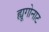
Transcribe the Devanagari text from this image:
ह्यूगोनाट